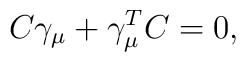
C\gamma_\mu+\gamma_\mu^T C=0,